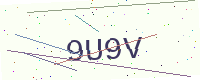
Text: 9U9V